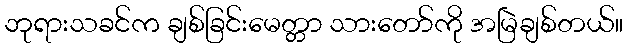
ဘုရားသခင်က ချစ်ခြင်းမေတ္တာ သားတော်ကို အမြဲချစ်တယ်။